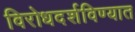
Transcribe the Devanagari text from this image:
विरोधदर्शविण्यात